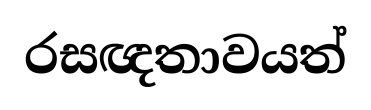
රසඥතාවයත්